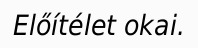
Előítélet okai.